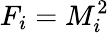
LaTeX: F_{i}=M_{i}^{2}